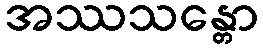
အဿသန္တော